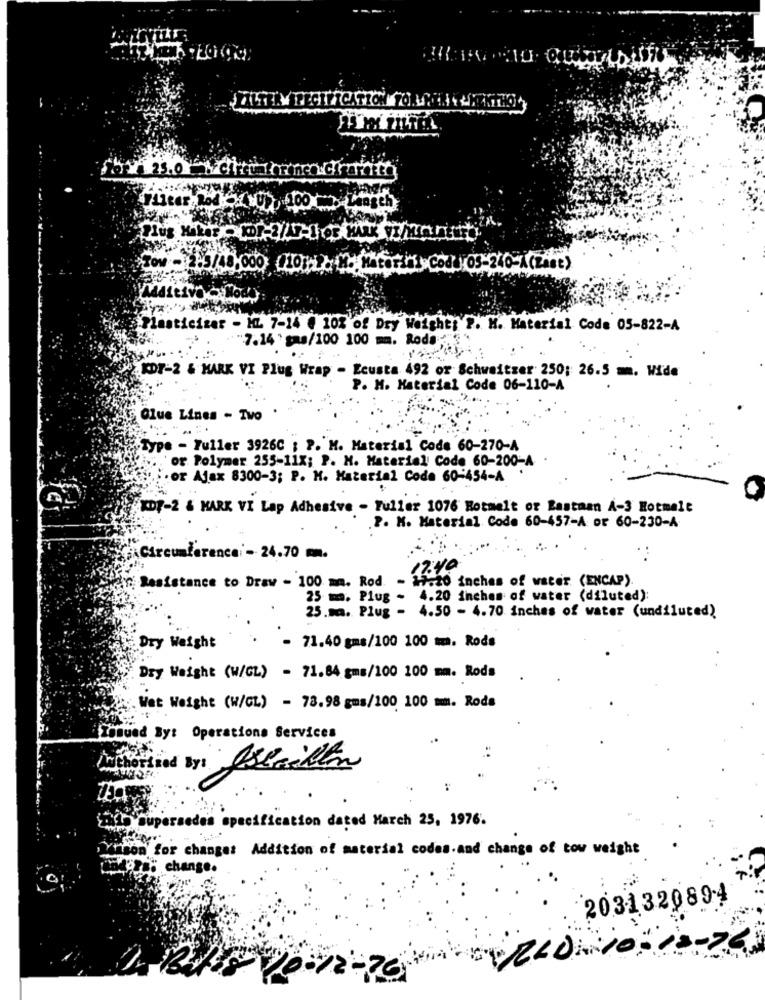
Plug Mike
Tow -12-5/48,000
05-240-A(Za62)
Plasticizer - HL 7-14 @ 10% of Dry Weight: P. M. Material Code 05-822-A
"7.14 ' gas/100 100 mm. Rodo.
KDY-2 & MARK VI Plug Wrap - Ecusta 492 or Schweitzer 250; 26.5 m. Wide
P. M. Material Code 06-110-A
Glue Lines - Two
Type - Tuller 3926C ; P. M. Material Code 60-270-A
or Polymer 255-11X; P. M. Material Code 60-200-A
or Ajax 8300-3; P. M. Material Code 60-454-A
KDF-2 & MARK VI Lap Adhesive - Fuller 1076 Hotmelt of Lastaan A-3 Hotmelt
.P. M. Material Code 60-457-A or 60-230-A
.:
\ Circumferencei - 24.70 mm.
17.40
Resistance to Draw - 100 mm. Rod - 17.20 inches of water (ENCAP).
25 mm. Plug - 4.20 inches of water (diluted):
25.ma. Plug - 4.50 - 4.70 inches of water (undiluted)
Dry Weight
- 71.40 gms/100 100 m. Rods
Dry Weight (W/CL) - 71.64 gms/100 100 mm. Rods
Wet Weight (W/CL) - 78.98 gms/100 100 mm. Rods
omund Byt Operations Services
y Oslaillen
Supersedes specification dated March 25, 1976.
hoom for changes Addition of material codes.and change of tow weight
madopar change.
2031320894
10- 12 -20